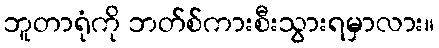
ဘူတာရုံကို ဘတ်စ်ကားစီးသွားရမှာလား။